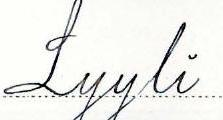
Lyyli